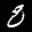
Label: 8